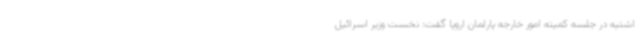
اشتیه در جلسه کمیته امور خارجه پارلمان اروپا گفت: نخست وزیر اسرائیل